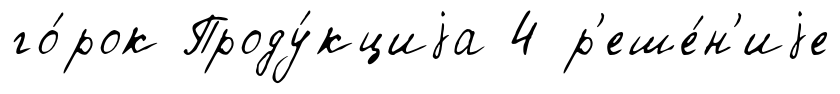
го́рок Проду́кциjа 4 р'еше́н'иjе